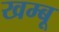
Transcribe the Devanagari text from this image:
खम्बू